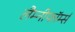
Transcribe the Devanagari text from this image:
लैम्नीफॉर्म्स